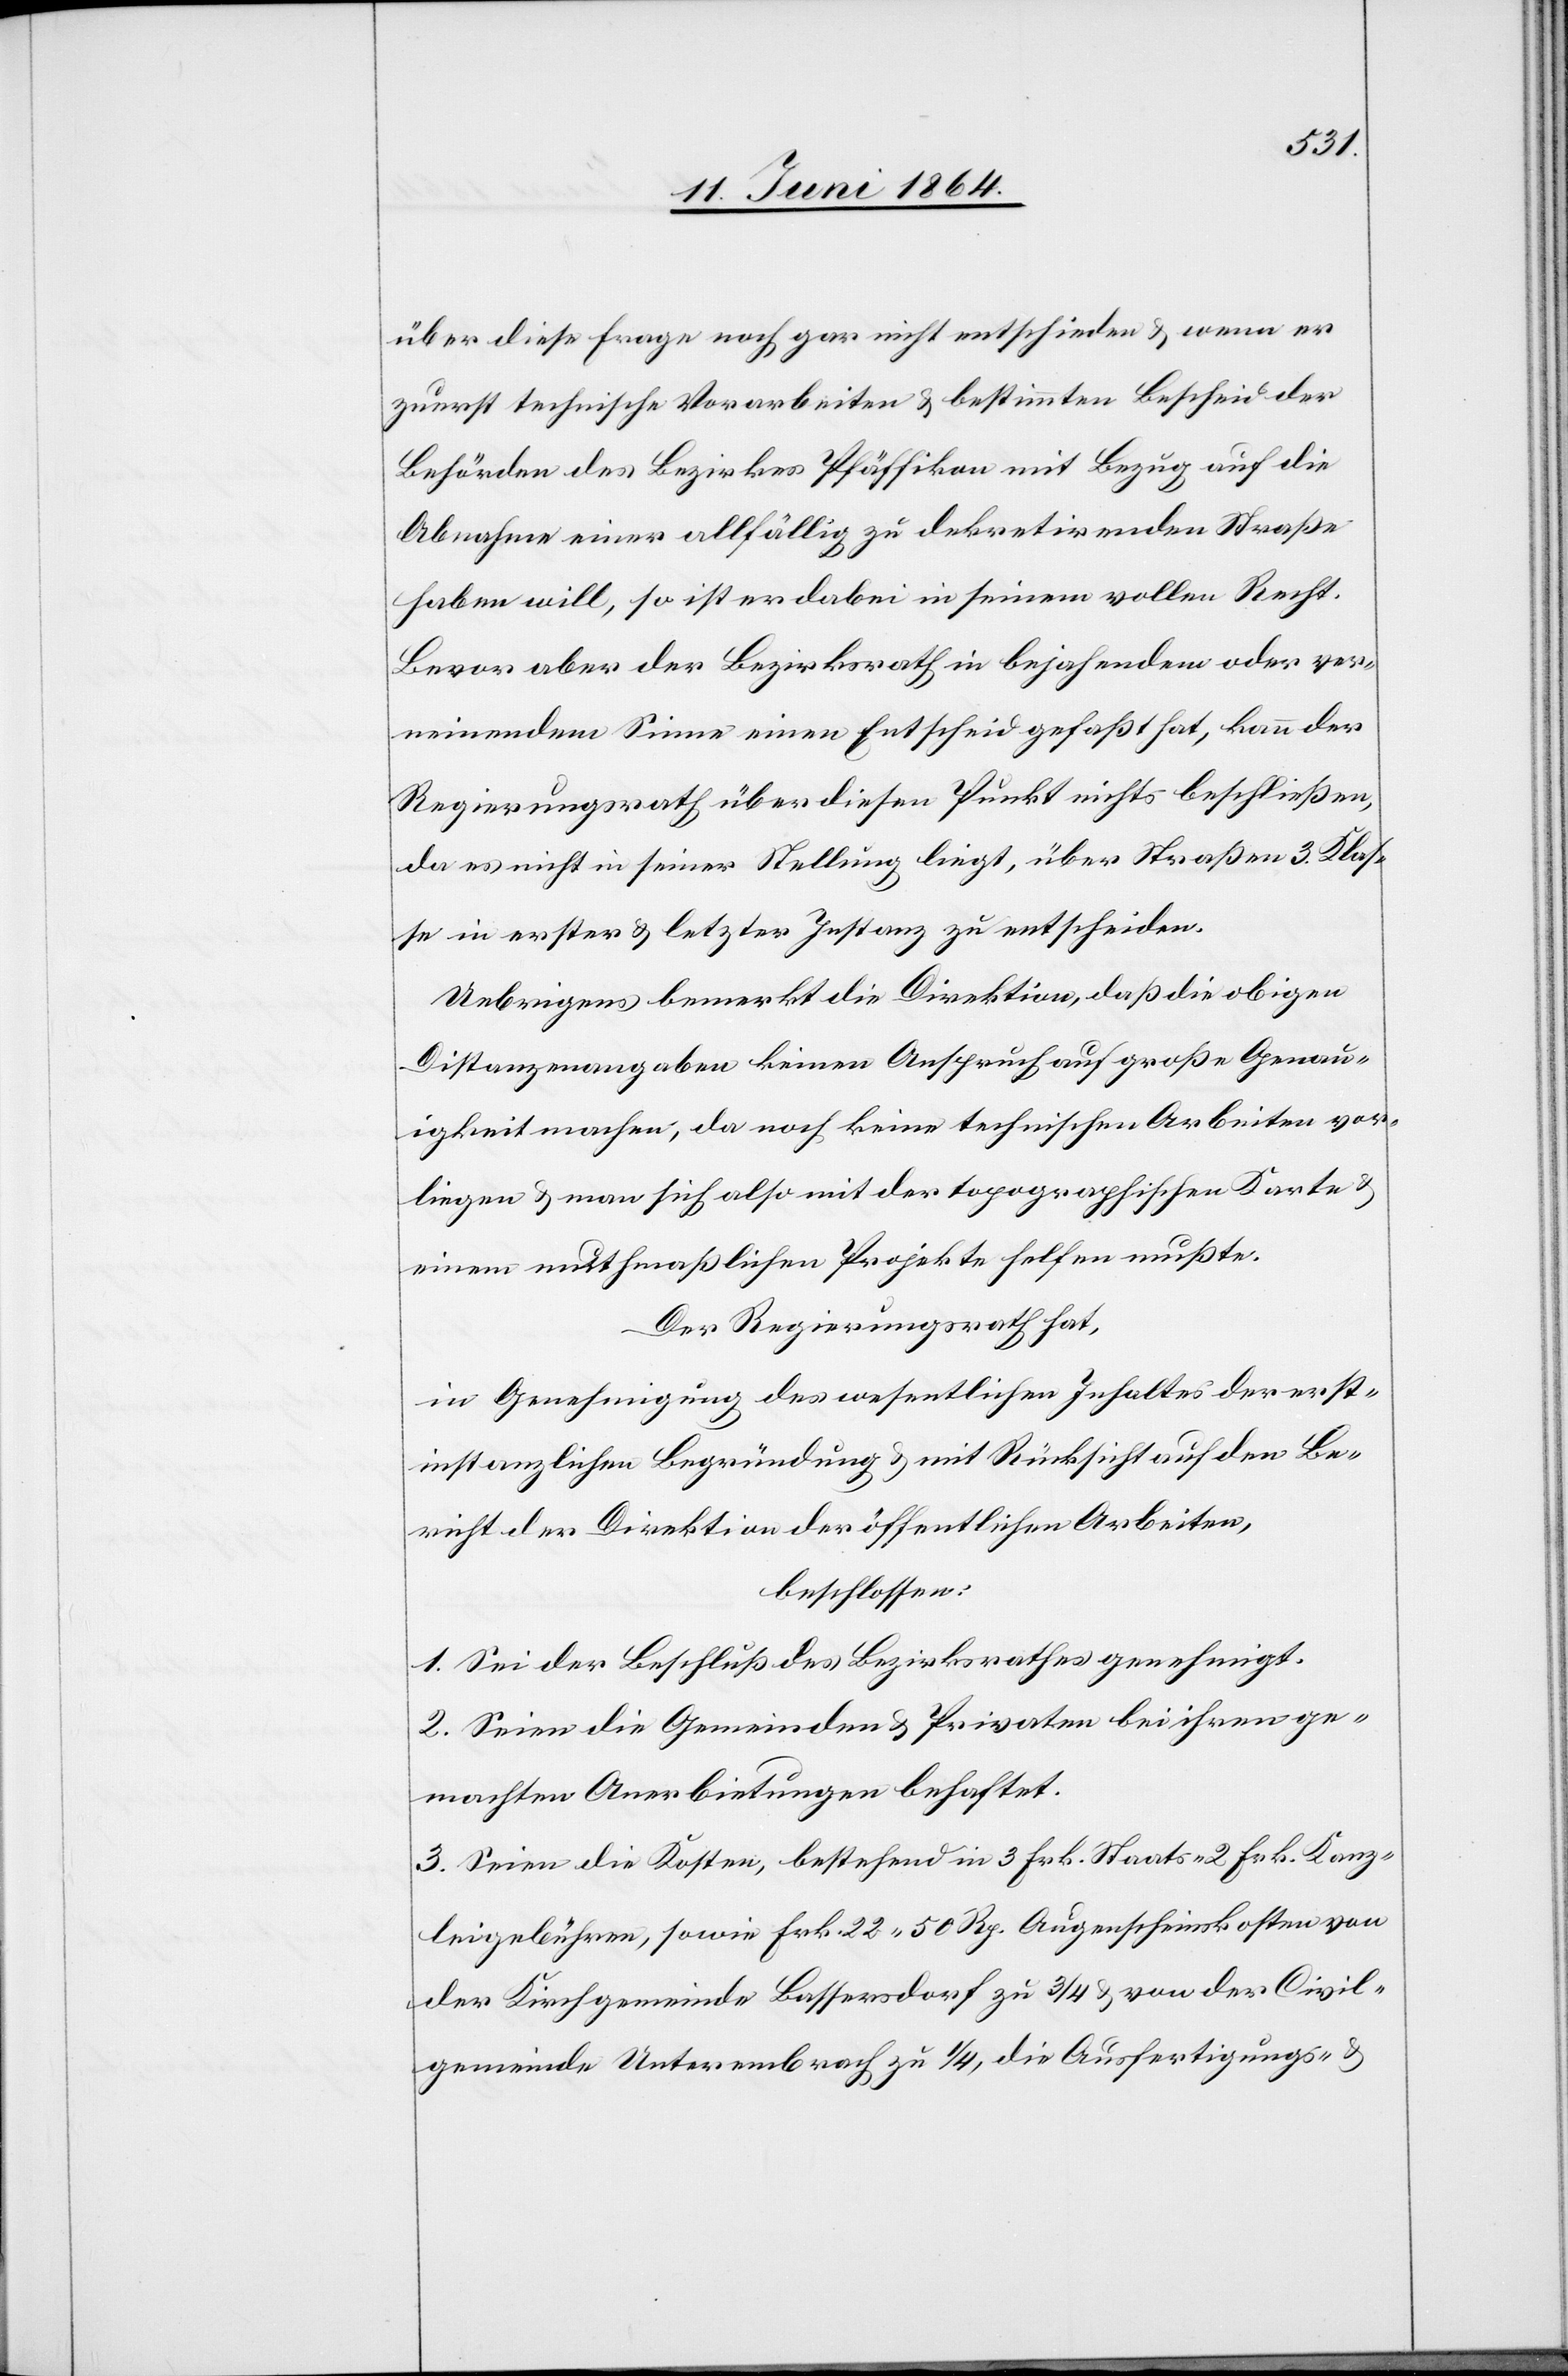
über diese Frage noch gar nicht entscheiden u. wenn er
zuerst technische Vorarbeiten u. bestimmten Bescheid der
Behörden des Bezirkes Pfäffikon mit Bezug auf die
Abnahme einer allfällig zu dekretirenden Straße
haben will, so ist er dabei in seinem vollen Recht.
Bevor aber der Bezirksrath in bejahendem oder ver¬
neinendem Sinne einen Entscheid gefaßt hat, kann der
Regierungsrath über diesen Punkt nichts beschließen,
da es nicht in seiner Stellung liegt, über Straßen 3. Klas¬
se in erster u. letzter Instanz zu entscheiden.
Uebrigens bemerkt die Direktion, daß die obigen
Distanzenangaben keinen Anspruch auf große Genau¬
igkeit machen, da noch keine technischen Arbeiten vor¬
liegen u. man sich also mit der topographischen Karte u.
einem muthmaßlichen Projekte helfen mußte.
Der Regierungsrath hat,
in Genehmigung des wesentlichen Inhaltes der erst¬
instanzlichen Begründung u. mit Rücksicht auf den Be¬
richt der Direktion der öffentlichen Arbeiten,
beschlossen:
1. Sei der Beschluß des Bezirksrathes genehmigt.
2. Seien die Gemeinden u. Privaten bei ihren ge¬
machten Anerbietungen behaftet.
3. Seien die Kosten, bestehend in 3 Frk. Staats-[,] 2 Frk. Kanz¬
leigebühren, sowie Frk. 22 50 Rp. Augenscheinskosten von
der Kirchgemeinde Bassersdorf zu 3/4 u. von der Civil¬
gemeinde Unterembrach zu 1/4, die Ausfertigungs- u.